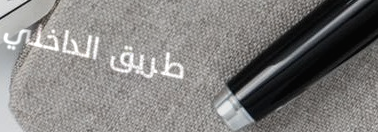
طريق الداخلي